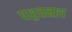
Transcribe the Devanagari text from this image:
पाश्र्वनाथ